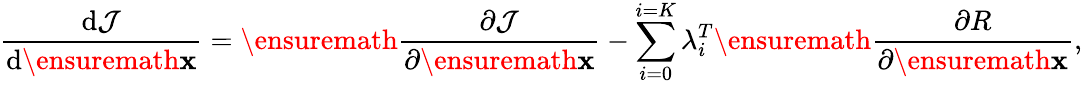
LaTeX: \frac{\mathrm{d}\mathcal{J}}{\mathrm{d}\ensuremath{\mathbf{x}}}=\ensuremath{\frac{\partial\mathcal{J}}{\partial\ensuremath{\mathbf{x}}}}-\sum_{i=0}^{i=K}\lambda_{i}^{T}\ensuremath{\frac{\partial R}{\partial\ensuremath{\mathbf{x}}}},